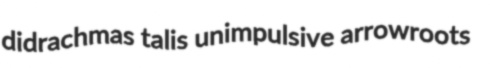
didrachmas talis unimpulsive arrowroots